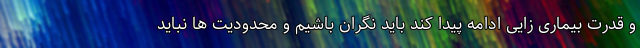
و قدرت بیماری زایی ادامه پیدا کند باید نگران باشیم و محدودیت ها نباید